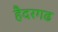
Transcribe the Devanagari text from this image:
हैदरगढ